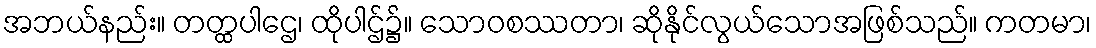
အဘယ်နည်း။ တတ္ထပါဌေ၊ ထိုပါဌ်၌။ သောဝစဿတာ၊ ဆိုနိုင်လွယ်သောအဖြစ်သည်။ ကတမာ၊